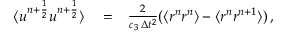
\begin{array} { r l r } { \langle u ^ { n + \frac { 1 } { 2 } } u ^ { n + \frac { 1 } { 2 } } \rangle } & { { } = } & { \frac { 2 } { c _ { 3 } \, \Delta { t } ^ { 2 } } ( \langle r ^ { n } r ^ { n } \rangle - \langle r ^ { n } r ^ { n + 1 } \rangle ) \, , } \end{array}